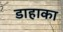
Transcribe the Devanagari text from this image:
डाहाका